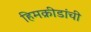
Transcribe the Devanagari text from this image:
हिमक्रीडांची